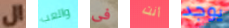
ال والعب فى أنت يوجد